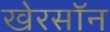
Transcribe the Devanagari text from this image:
खेरसॉन